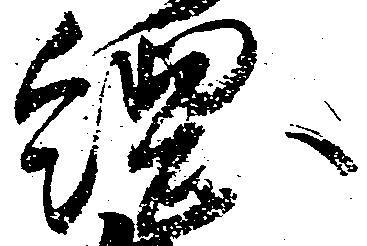
綱